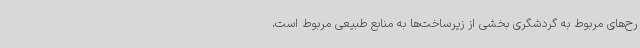
رح‌های مربوط به گردشگری بخشی از زیرساخت‌ها به منابع طبیعی مربوط است،